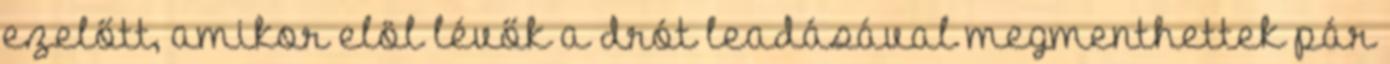
ezelőtt, amikor elöl lévők a drót leadásával megmenthettek pár